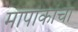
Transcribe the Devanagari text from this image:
मापांकांचा